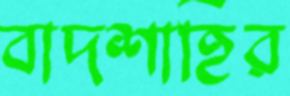
বাদশাহির